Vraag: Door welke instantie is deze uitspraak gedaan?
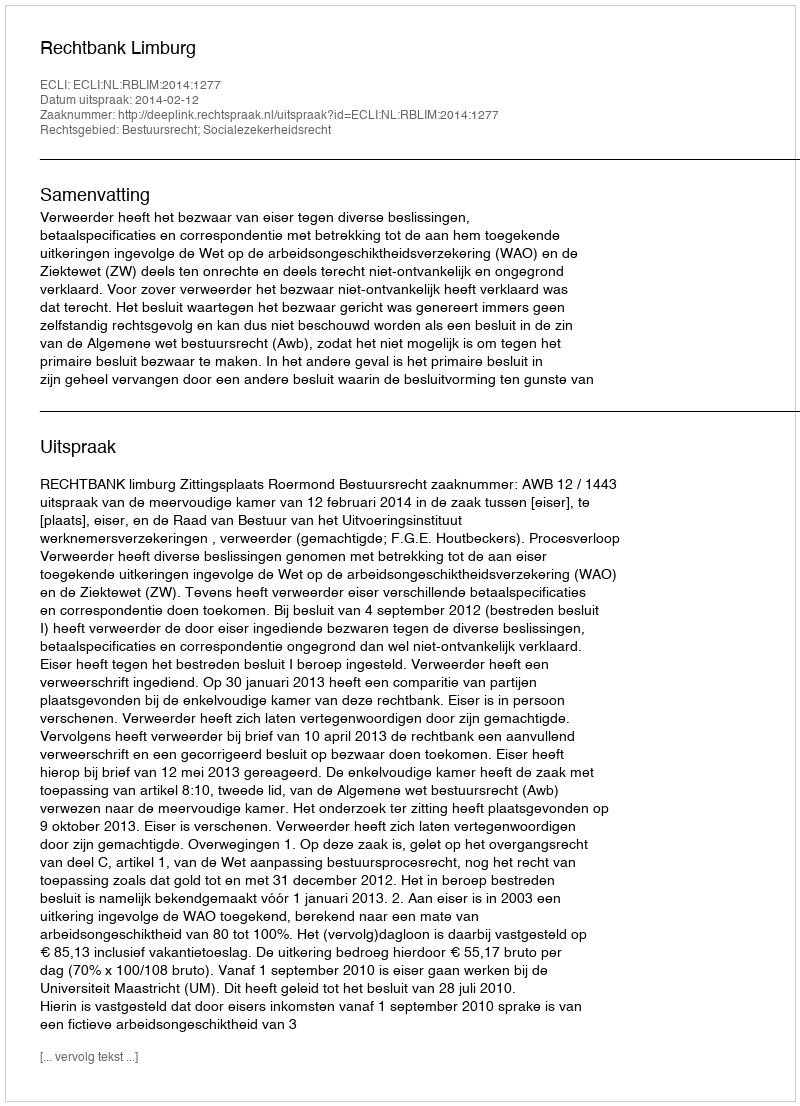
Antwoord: Rechtbank Limburg